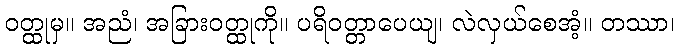
ဝတ္ထုမှ။ အညံ၊ အခြားဝတ္ထုကို။ ပရိဝတ္တာပေယျ၊ လဲလှယ်စေအံ့။ တဿာ၊